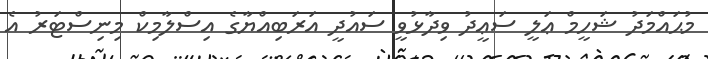
މުޙައްމަދު ޝަހީމް ޢަލީ ސަޢީދު ވިދާޅުވީ ސައުދީ އަރަބިއްޔާގެ އިސްލާމިކް މިނިސްޓަރު އެ